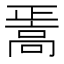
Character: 𱅸